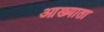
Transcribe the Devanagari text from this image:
आख्याता